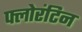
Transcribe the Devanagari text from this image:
फ्लोरंटिन